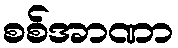
စစ်အာဏာ